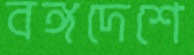
বঙ্গদেশে